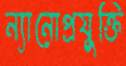
ন্যানোপ্রযুক্তি